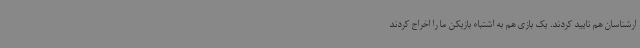
ارشناسان هم تایید کردند. یک بازی هم به اشتباه بازیکن ما را اخراج کردند